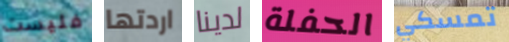
فليست اردتها لدينا الحفلة تمسكي